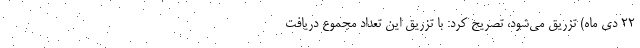
۲۲ دی ماه) تزریق می‌شود، تصریح کرد: با تزریق این تعداد مجموع دریافت